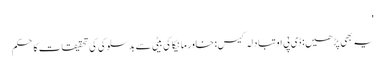
'
یہ بھی پڑھیں: ڈی پی او تبادلہ کیس: خاور مانیکا کی بیٹی سے بدسلوکی کی تحقیقات کا حکم